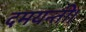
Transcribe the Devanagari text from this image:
दमयन्ती।